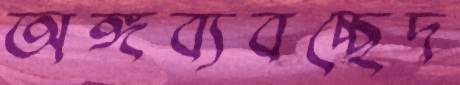
অঙ্গব্যবচ্ছেদ